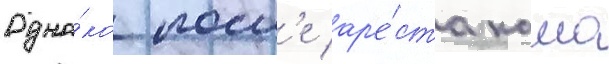
Одна́ко посл'е ар'е́ста камо